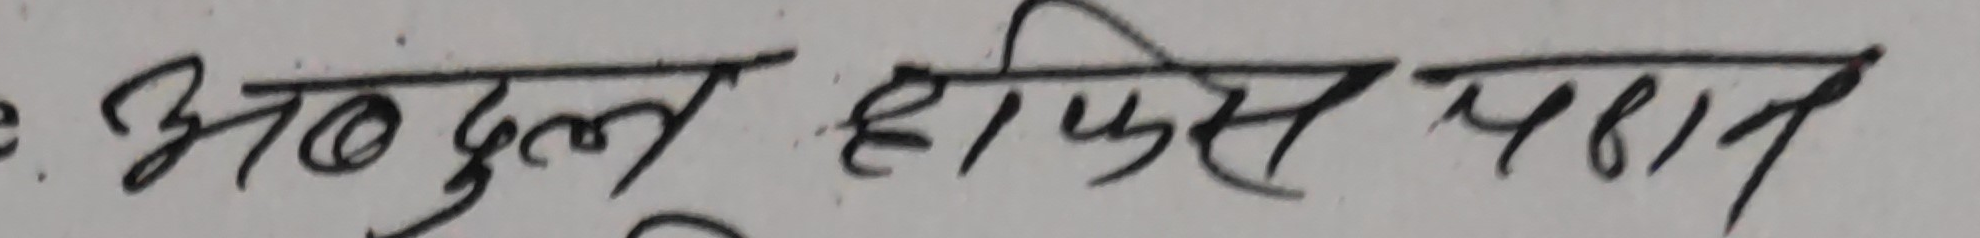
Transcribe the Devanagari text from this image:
अब्दुल हाफिस पठान